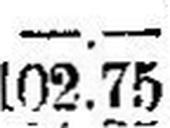
102.75